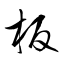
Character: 板